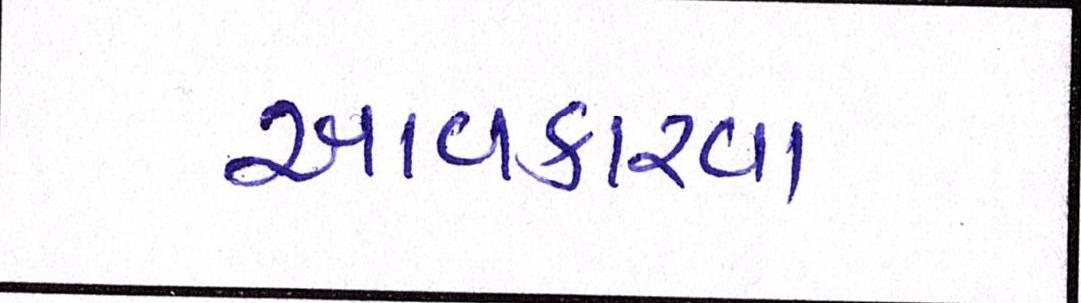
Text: આવકારવા